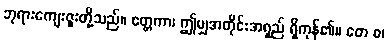
ဘုရားကျေးဇူးတို့သည်။ ဧတ္တကာ၊ ဤမျှအတိုင်းအရှည် ရှိကုန်၏။ တေ စ၊